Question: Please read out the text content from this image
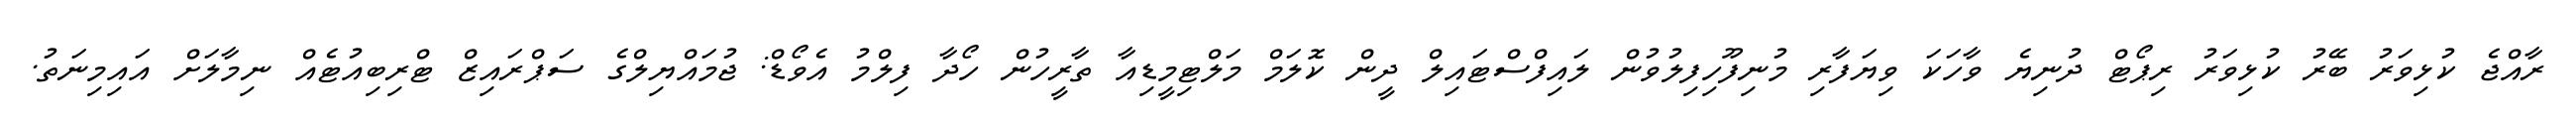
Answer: ރާއްޖެ ކުޅިވަރު ބޭރު ކުޅިވަރު ރިޕޯޓް ދުނިޔެ ވާހަކަ ވިޔަފާރި މުނިފޫހިފިލުވުން ލައިފްސްޓައިލް ދީން ކޮލަމް މަލްޓިމީޑިއާ ތާރީހުން ހޯދާ ފިލްމު އެވޯޑް: ޖުމައްޔިލްގެ ސަޕްރައިޒް ޓްރިބިއުޓެއް ނިމާލަށް އައިމިނަތު.